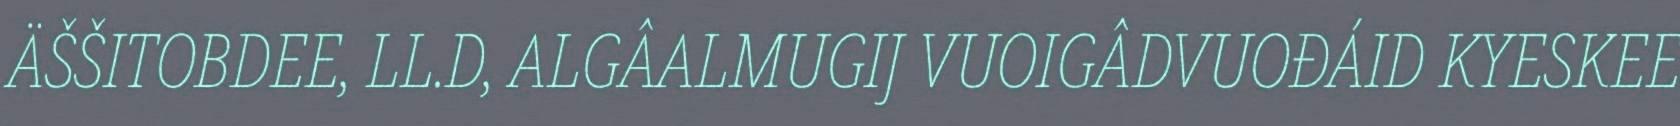
ÄŠŠITOBDEE, LL.D, ALGÂALMUGIJ VUOIGÂDVUOĐÁID KYESKEE